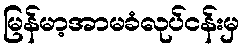
မြန်မာ့အာမခံလုပ်ငန်းမှ